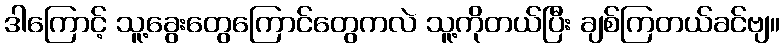
ဒါကြောင့် သူ့ခွေးတွေကြောင်တွေကလဲ သူ့ကိုတယ်ပြီး ချစ်ကြတယ်ခင်ဗျ။